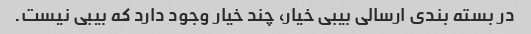
در بسته بندی ارسالی بیبی خیار، چند خیار وجود دارد که بیبی نیست.